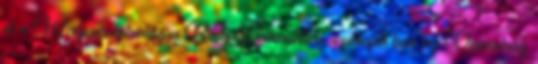
el a Wagner-tetralógia Ring Brünnhilde szerepét ben az Operaház